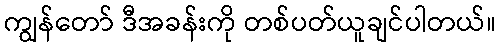
ကျွန်တော် ဒီအခန်းကို တစ်ပတ်ယူချင်ပါတယ်။